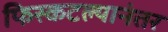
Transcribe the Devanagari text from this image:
फिस्कटल्यानंतर